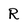
Character: R